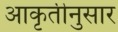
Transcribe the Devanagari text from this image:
आकृतीनुसार